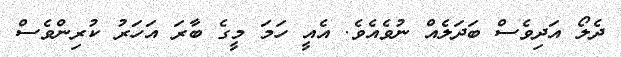
ދެލޯ އަދިވެސް ބަދަލެއް ނުވެއެވެ. އެއީ ހަމަ މީގެ ބާރަ އަހަރު ކުރިންވެސް